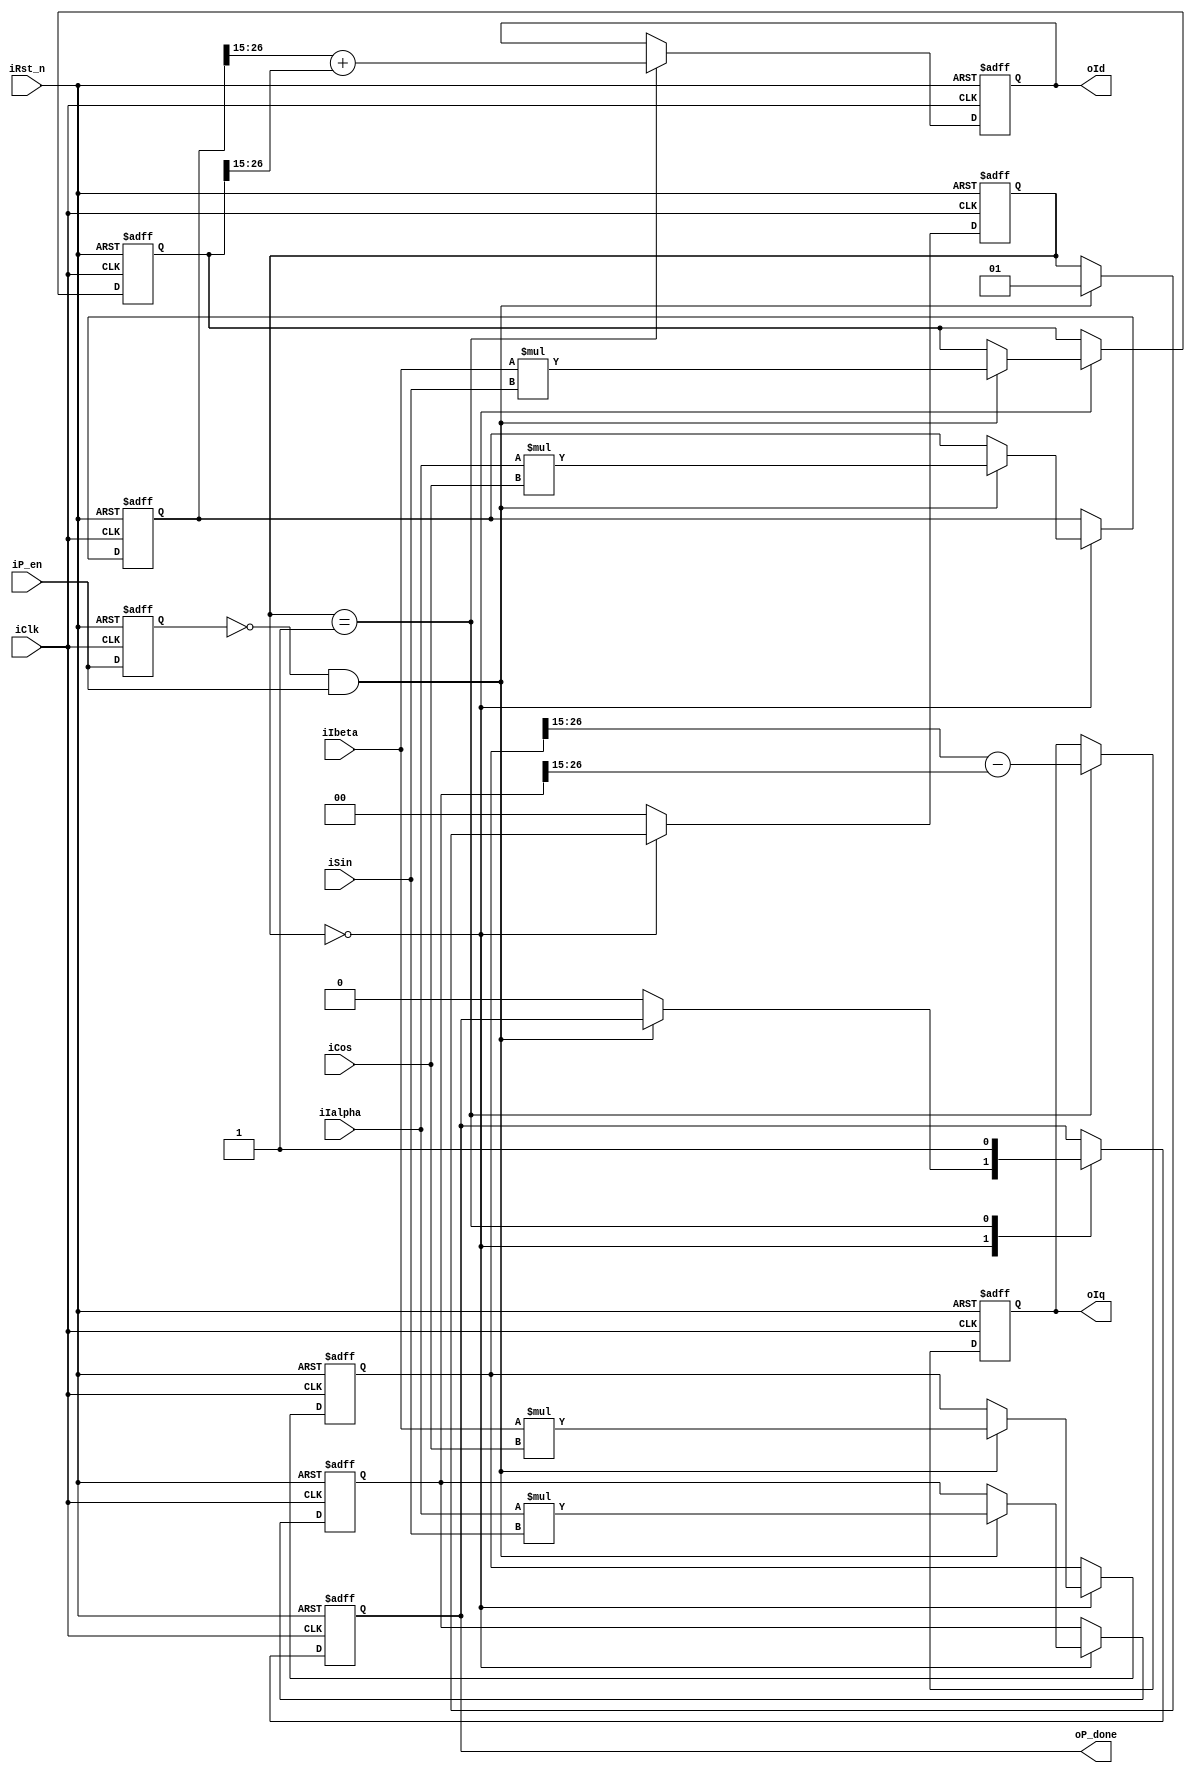
module Park(
    iClk,
    iRst_n,
    iP_en,
    iSin,
    iCos,
    iIalpha,
    iIbeta,
    oId,
    oIq,
    oP_done
);
    input wire iClk;
    input wire iRst_n;
    input wire iP_en;
    input wire signed [15:0] iSin,iCos;
    input wire signed [11:0] iIalpha,iIbeta;
    output reg signed [11:0] oId,oIq;
    output reg oP_done;

    localparam S0 = 2'd0;
    localparam S1 = 2'd1;
    localparam S2 = 2'd2;

    reg np_en_pre_state;
    reg [1:0] nstate;
    reg signed [27:0] ntemp_ac,ntemp_as,ntemp_bc,ntemp_bs;

    always @(posedge iClk or negedge iRst_n) begin
        if(!iRst_n) begin
            np_en_pre_state <= 1'b0;
        end
        else begin
            np_en_pre_state <= iP_en;
        end
    end

    always @(posedge iClk or negedge iRst_n) begin
        if(!iRst_n) begin
            ntemp_ac <= 28'd0;
            ntemp_as <= 28'd0;
            ntemp_bc <= 28'd0;
            ntemp_bs <= 28'd0;
            nstate <= S0;
            oId <= 12'd0;
            oIq <= 12'd0;
            oP_done <= 1'b0;
        end
        else begin
            case (nstate)
                S0: begin
                    if((!np_en_pre_state) & iP_en) begin
                        ntemp_ac <= iIalpha * iCos;
                        ntemp_bc <= iIbeta * iCos;
                        ntemp_as <= iIalpha * iSin;
                        ntemp_bs <= iIbeta * iSin;
                        nstate <= S1;
                    end
                    else begin
                        nstate <= nstate;
                        oP_done <= 1'b0;
                    end
                end
                S1: begin
                    nstate <= S0;
                    oId <= $signed(ntemp_ac[26:15]) + $signed(ntemp_bs[26:15]);
                    oIq <= $signed(ntemp_bc[26:15]) - $signed(ntemp_as[26:15]);
                    oP_done <= 1'b1;
                end
                default: nstate <= S0;
            endcase
        end
    end

endmodule